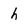
Character: h